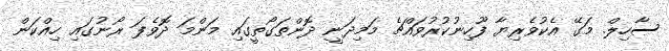
ސާހިލް. މަގޭ އެކުވެރިޔާ ފޫހިނުކުރުވައްޗެ މަމިދަނީ ދޮންތަގޯތީގައި މަންމަ ދޮވެފަ ރޯނުގައި ހިއްކަން